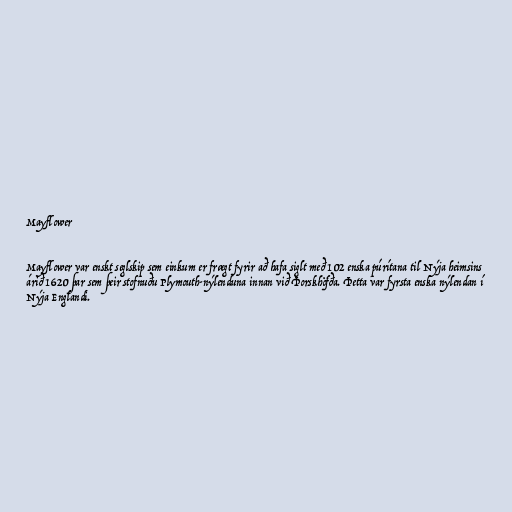
Mayflower

Mayflower var enskt seglskip sem einkum er frægt fyrir að hafa siglt með 102 enska púrítana til Nýja heimsins
árið 1620 þar sem þeir stofnuðu Plymouth-nýlenduna innan við Þorskhöfða. Þetta var fyrsta enska nýlendan í
Nýja Englandi.